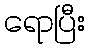
ရောပြီး